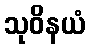
သုဝိနယံ